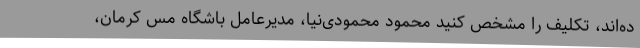
ده‌اند، تکلیف را مشخص کنید محمود محمودی‌نیا، مدیرعامل باشگاه مس کرمان،